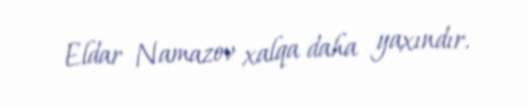
Eldar Namazov xalqa daha yaxındır.